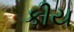
કીય